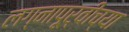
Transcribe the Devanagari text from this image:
लग्नापूर्वीच्या